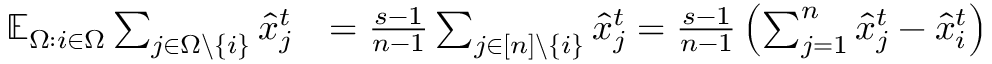
\begin{array} { r l } { \mathbb { E } _ { \Omega : i \in \Omega } \sum _ { j \in \Omega \backslash \{ i \} } \hat { x } _ { j } ^ { t } } & { = \frac { s - 1 } { n - 1 } \sum _ { j \in [ n ] \backslash \{ i \} } \hat { x } _ { j } ^ { t } = \frac { s - 1 } { n - 1 } \left( \sum _ { j = 1 } ^ { n } \hat { x } _ { j } ^ { t } - \hat { x } _ { i } ^ { t } \right) } \end{array}